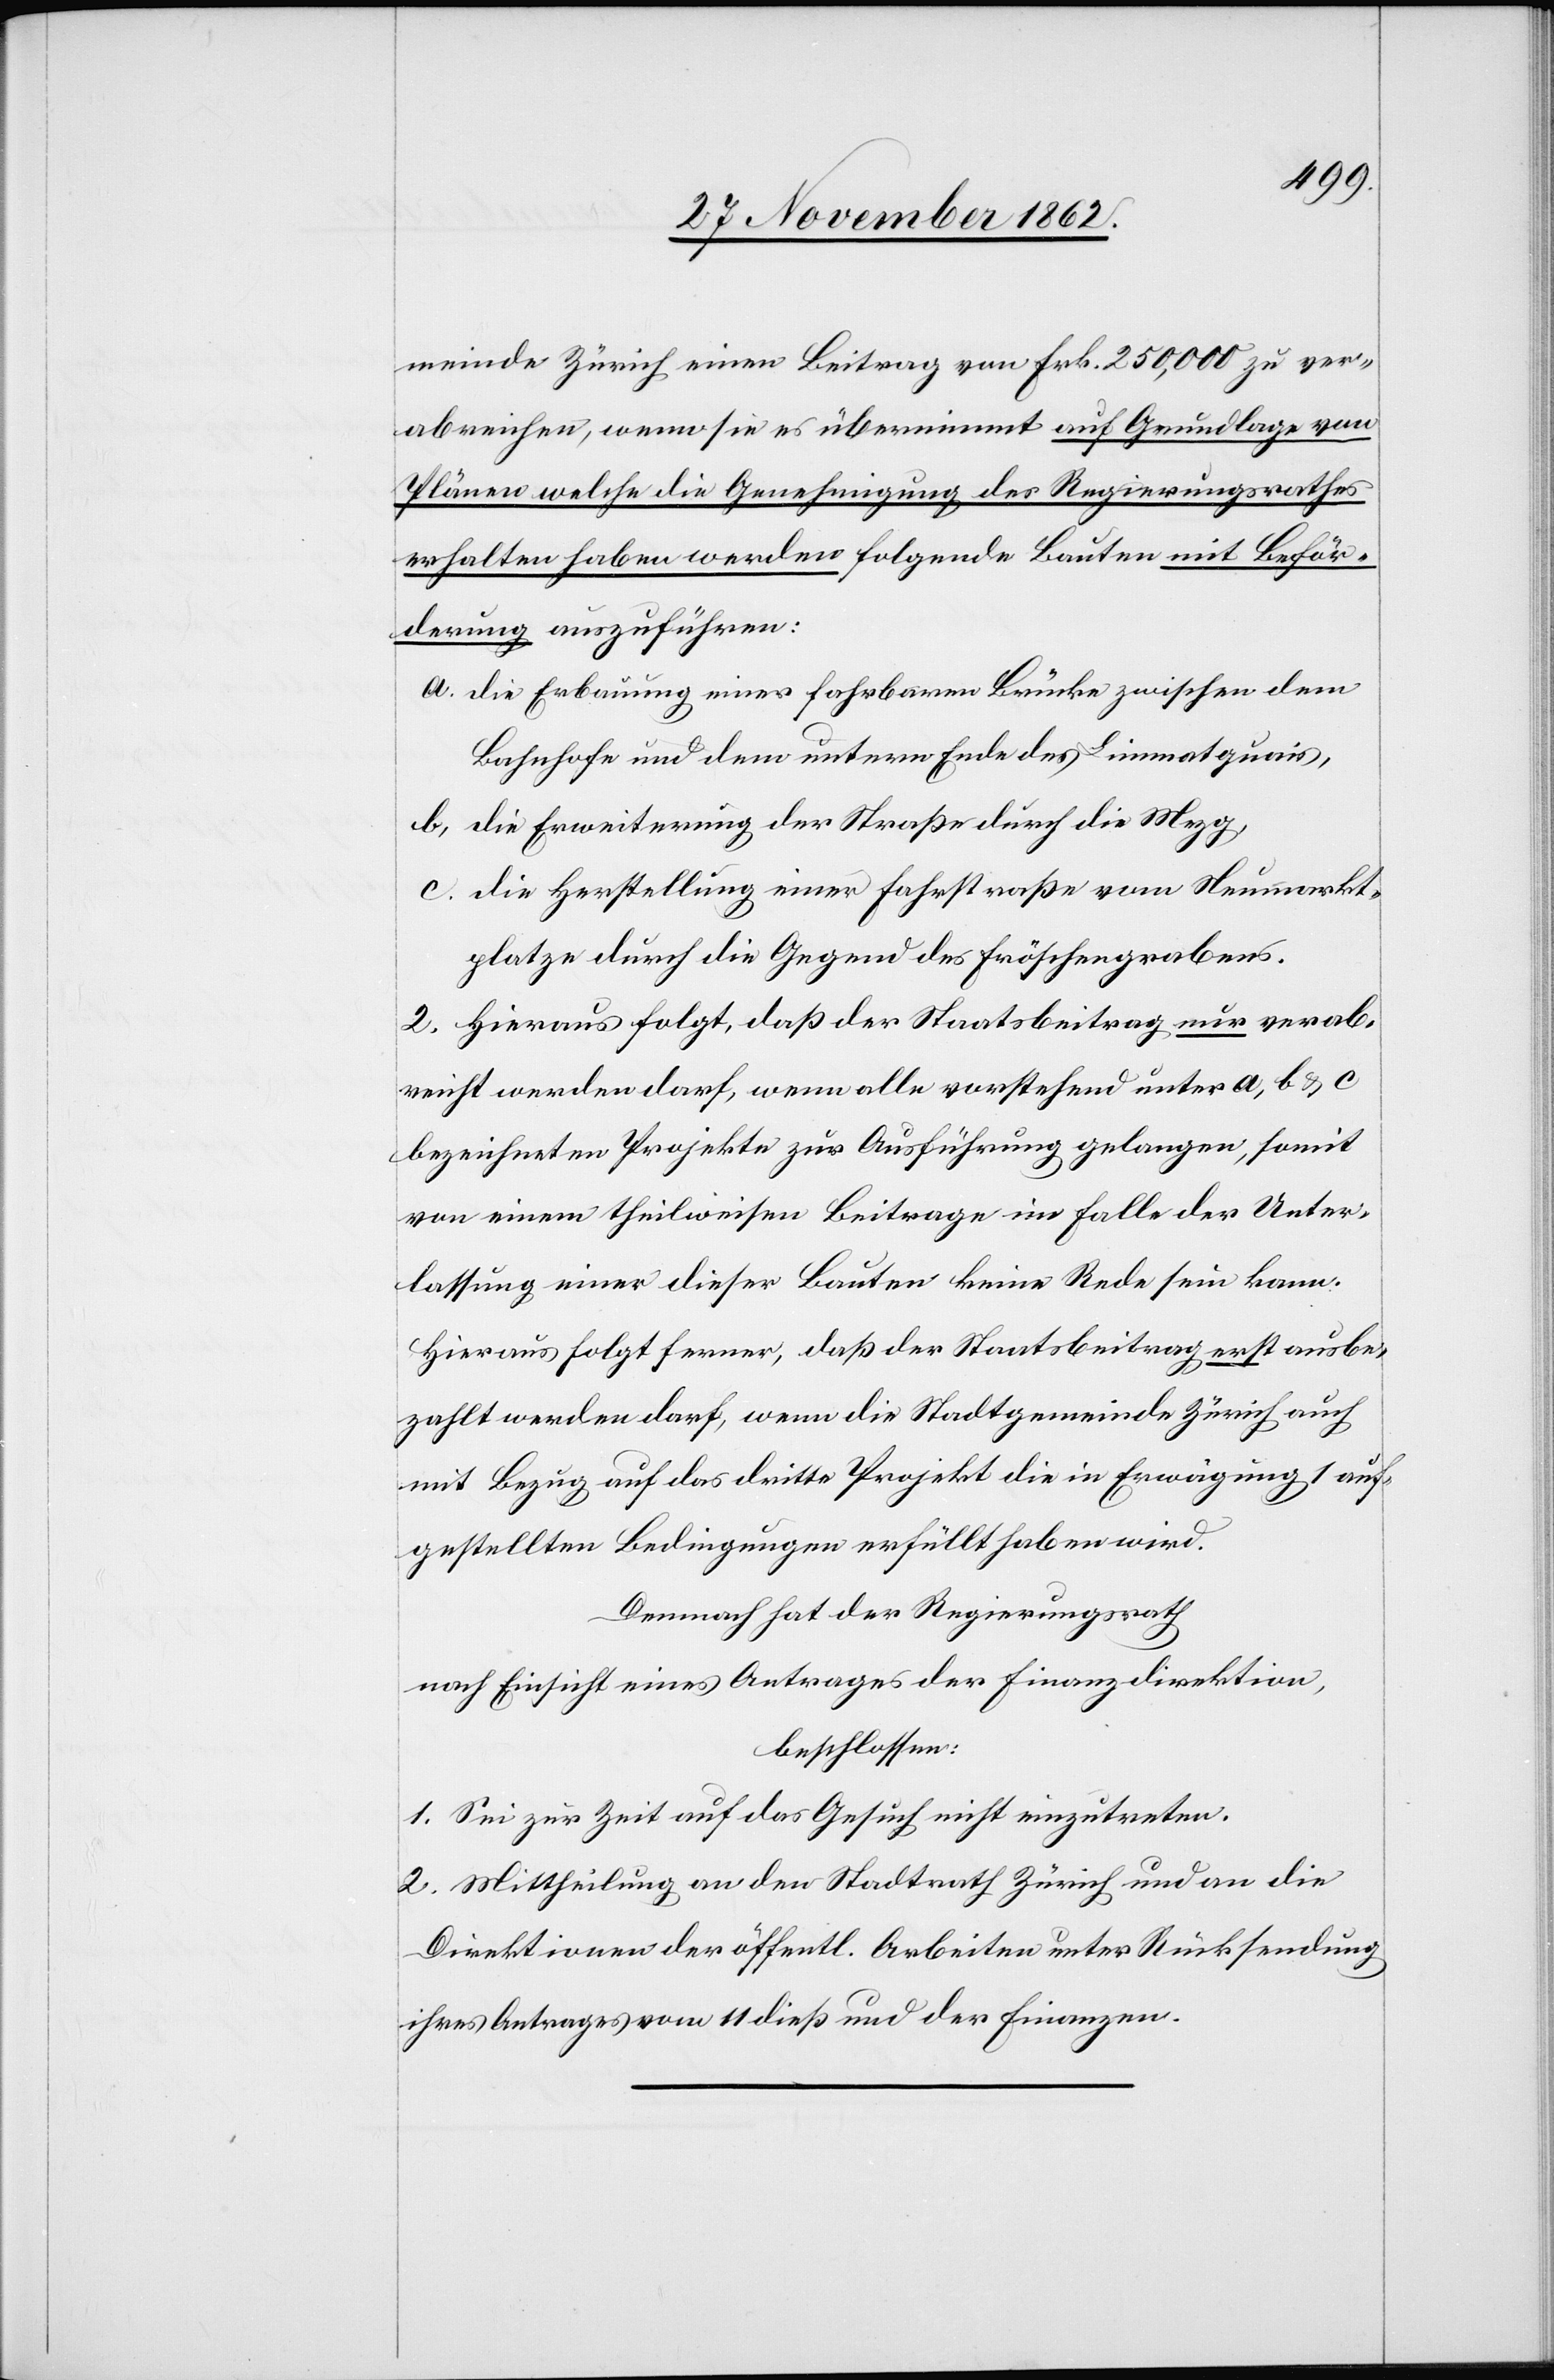
meinde Zürich einen Beitrag von Frk. 250,000 zu ver¬
abreichen, wenn sie es übernimmt auf Grundlage von
Plänen welche die Genehmigung des Regierungsrathes
erhalten haben werden folgende Bauten mit Beför¬
derung auszuführen:
a. die Erbauung einer fahrbaren Brücke zwischen dem
Bahnhofe und dem untern Ende des Limmatquais,
b. die Erweiterung der Straße durch die Mezg,
c. die Herstellung einer Fahrstraße vom Neumarkt¬
platze durch die Gegend des Fröschengrabens.
2. Hieraus folgt, daß der Staatsbeitrag nur verab¬
reicht werden darf, wenn alle vorstehend unter a, b u. c
bezeichneten Projekte zur Ausführung gelangen, somit
von einem theilweisen Beitrage im Falle der Unter¬
lassung einer dieser Bauten keine Rede sein kann.
Hieraus folgt ferner, daß der Staatsbeitrag erst ausbe¬
zahlt werden darf, wenn die Stadtgemeinde Zürich auch
mit Bezug auf das dritte Projekt die in Erwägung 1 auf¬
gestellten Bedingungen erfüllt haben wird.
Demnach hat der Regierungsrath
nach Einsicht eines Antrages der Finanzdirektion,
beschlossen:
1. Sei zur Zeit auf das Gesuch nicht einzutreten.
2. Mittheilung an den Stadtrath Zürich und an die
Direktionen der öffentl. Arbeiten unter Rücksendung
ihres Antrages vom 11. dieß und der Finanzen.